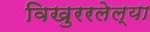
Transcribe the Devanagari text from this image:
विखुररलेल्या